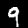
Label: 9